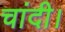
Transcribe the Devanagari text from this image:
चांदी।